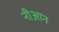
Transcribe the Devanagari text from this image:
नीआन